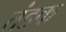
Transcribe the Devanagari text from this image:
तंडक